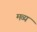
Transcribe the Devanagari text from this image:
मव्य